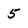
Character: 5